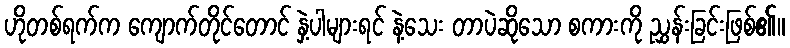
ဟိုတစ်ရက်က ကျောက်တိုင်တောင် နှဲ့ပါများရင် နဲ့သေး တာပဲဆိုသော စကားကို ညွှန်းခြင်းဖြစ်၏။